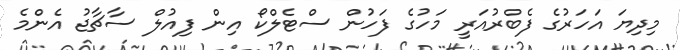
މިދިޔަ އަހަރުގެ ފެބްރުއަރީ މަހުގެ ފަހުން ސްޓެލްކޯ އިން ފިއުލް ސާޗާޖު އެންމެ